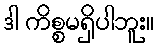
ဒါ ကိစ္စမရှိပါဘူး။